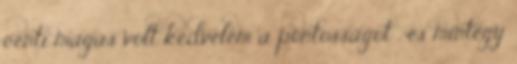
centi magas volt kedvelem a pontosságot , és mintegy